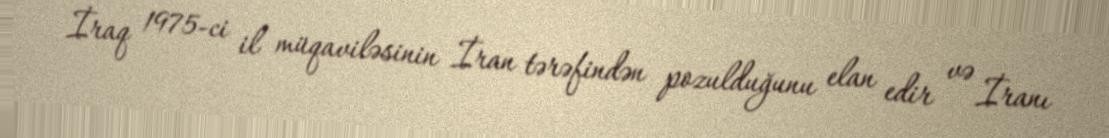
İraq 1975-ci il müqaviləsinin İran tərəfindən pozulduğunu elan edir və İranı